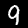
Digit: 9